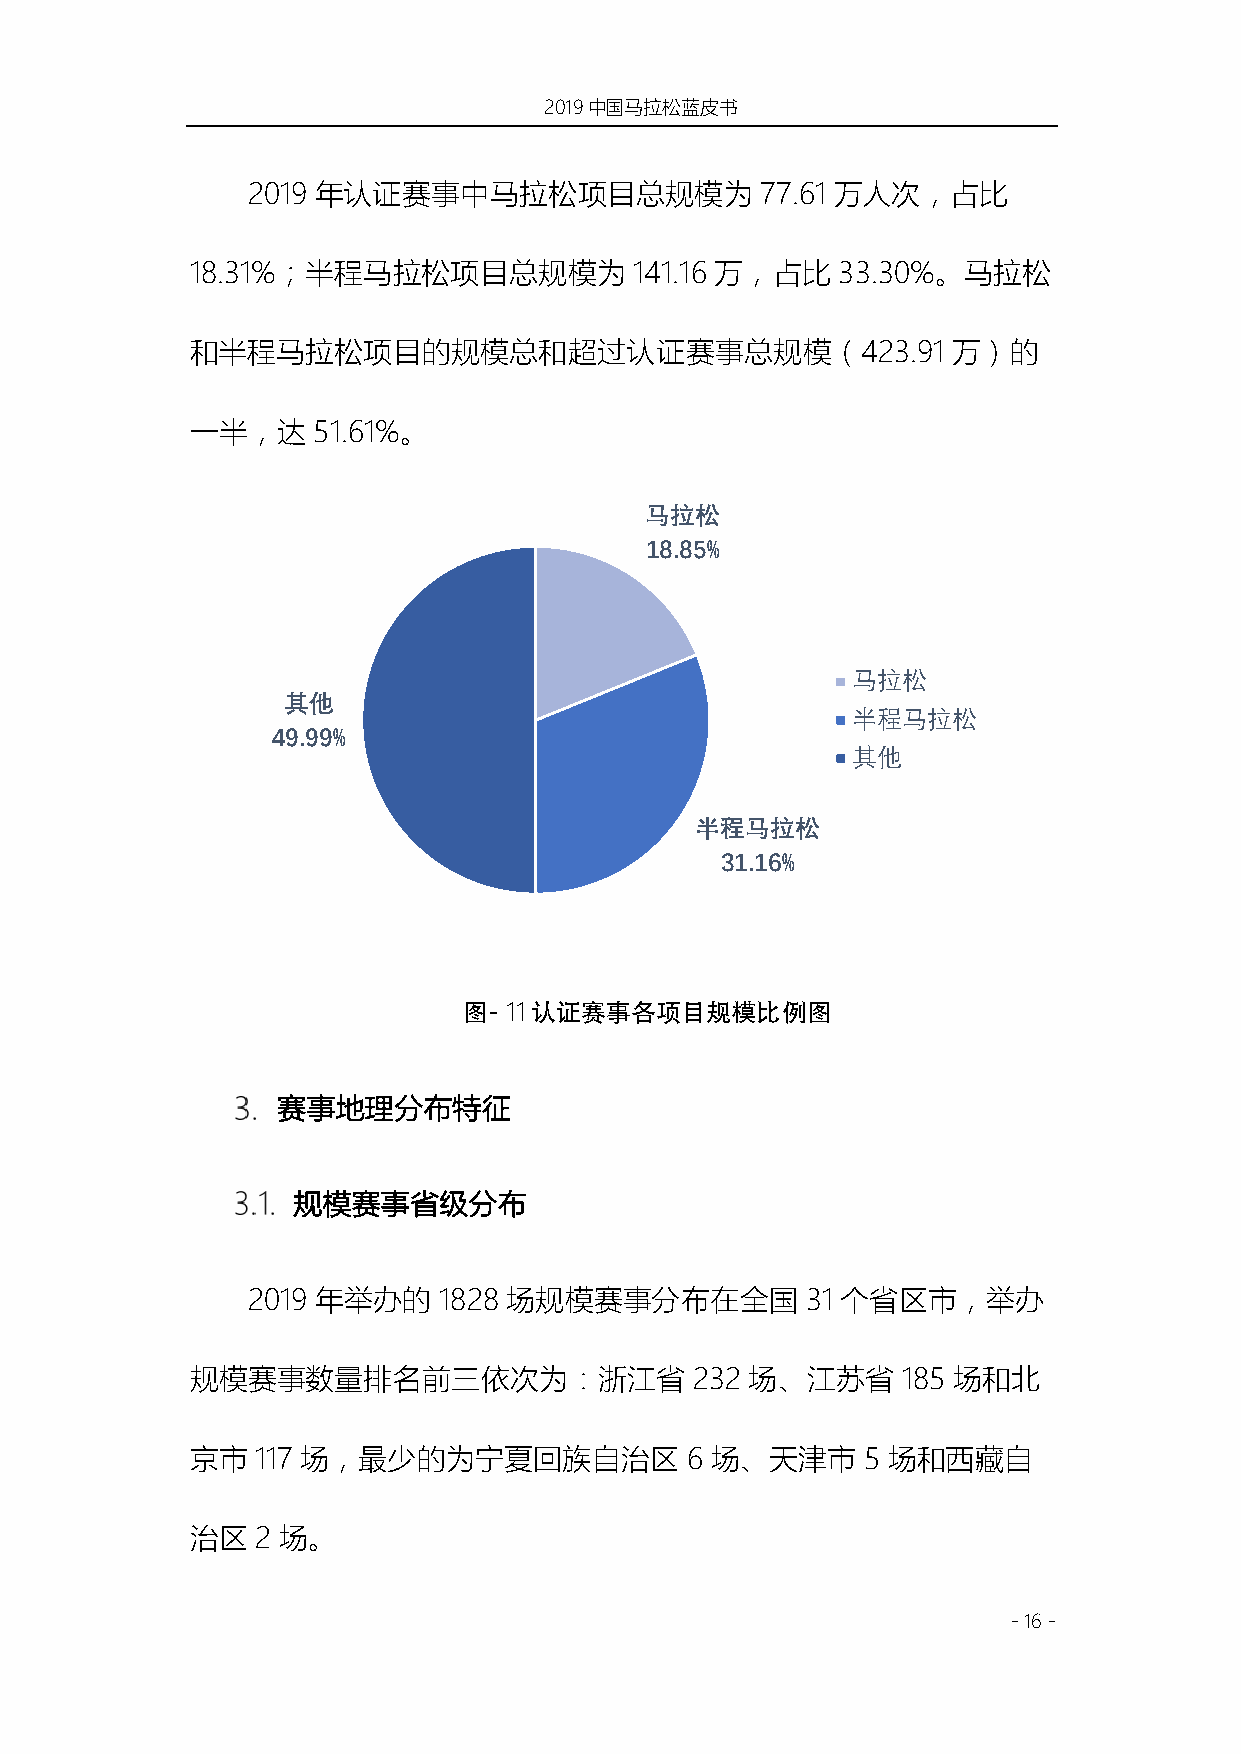
2019中国马拉松蓝皮书
 2019 年认证赛事中马拉松项目总规模为              77.61 万人次，占比
 18.31%；半程马拉松项目总规模为           141.16 万，占比  33.30%。马拉松
 和半程马拉松项目的规模总和超过认证赛事总规模（423.91                     万）的
 一半，达    51.61%。
 马拉松
 18.85%
 马拉松
 其他
 半程马拉松
 49.99%
 其他
 半程马拉松
 31.16%
 图- 11认证赛事各项⺫规模⽐例图
 赛事地理分布特征
 规模赛事省级分布
 2019 年举办的    1828 场规模赛事分布在全国         31 个省区市，举办
 规模赛事数量排名前三依次为：浙江省                232 场、江苏省     185 场和北
 京市  117 场，最少的为宁夏回族自治区           6 场、天津市     5 场和西藏自
 治区  2 场。
 - 16 -